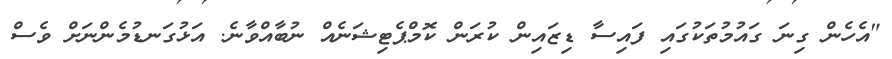
"އެހެން ގިނަ ގައުމުތަކުގައި ފައިސާ ޑިޒައިން ކުރަން ކޮމްޕެޓިޝަނެއް ނުބާއްވާނެ. އަޅުގަނޑުމެންނަށް ވެސް